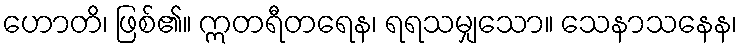
ဟောတိ၊ ဖြစ်၏။ ဣတရီတရေန၊ ရရသမျှသော။ သေနာသနေန၊